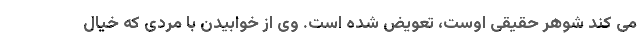
می کند شوهر حقیقی اوست، تعویض شده است. وی از خوابیدن با مردی که خیال